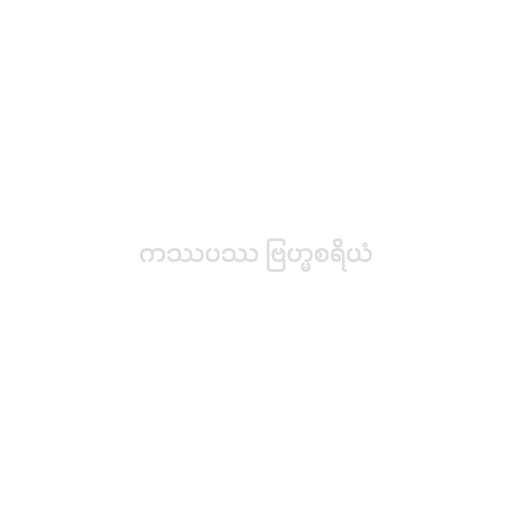
ကဿပဿ ဗြဟ္မစရိယံ